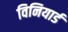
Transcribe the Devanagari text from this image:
विनियार्ड